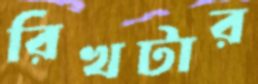
রিখটার